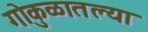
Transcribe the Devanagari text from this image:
गोकुळातल्या